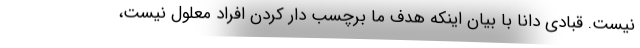
نیست. قبادی دانا با بیان اینکه هدف ما برچسب دار کردن افراد معلول نیست،